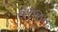
સરજત